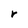
Character: r